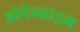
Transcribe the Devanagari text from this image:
ओपेनहाइम